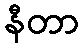
နီတာ